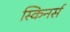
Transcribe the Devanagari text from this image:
स्किनर्स